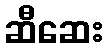
ဆီဆေး